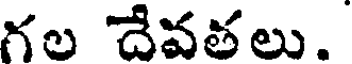
గల దేవతలు.